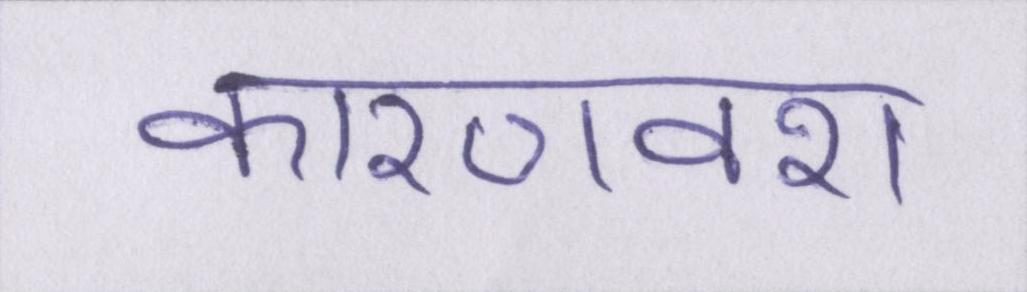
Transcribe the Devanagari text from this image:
कारणवश